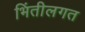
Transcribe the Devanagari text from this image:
भिंतीलगत